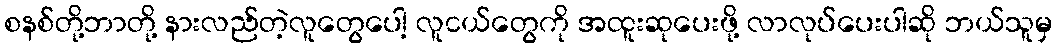
စနစ်တို့ဘာတို့ နားလည်တဲ့လူတွေပေါ့ လူငယ်တွေကို အထူးဆုပေးဖို့ လာလုပ်ပေးပါဆို ဘယ်သူမှ